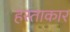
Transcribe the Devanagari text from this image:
हस्ताकार